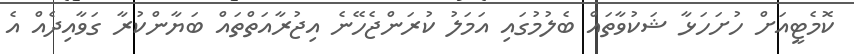
ކޮމެޓީއަށް ހުށަހަޅާ ޝަކުވާތައް ބެލުމުގައި އަމަލު ކުރަންޖެހޭނެ އިޖުރާއަތްތައް ބަޔާންކުރާ ގަވާއިދެއް އެ